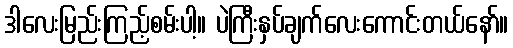
ဒါလေးမြည်းကြည့်စမ်းပါ့။ ပဲကြီးနှပ်ချက်လေးကောင်းတယ်နော်။